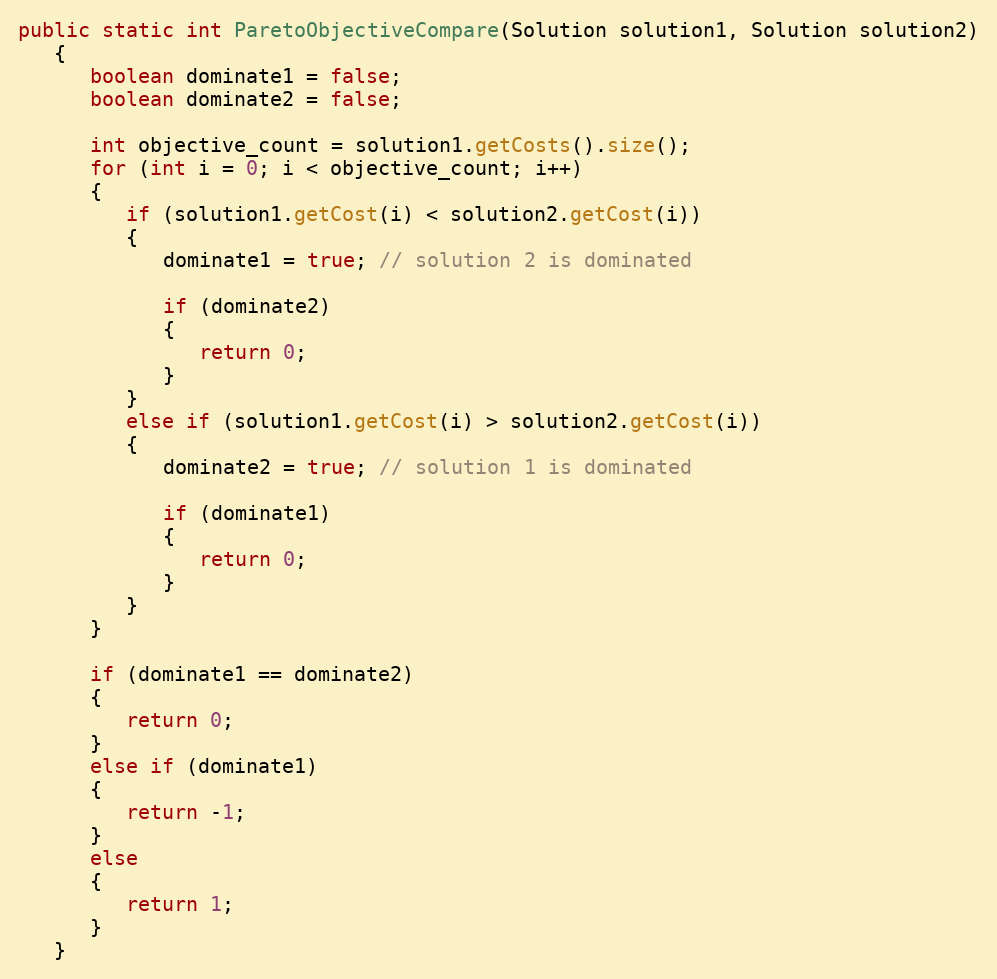
Language: Java
public static int ParetoObjectiveCompare(Solution solution1, Solution solution2)
   {
      boolean dominate1 = false;
      boolean dominate2 = false;

      int objective_count = solution1.getCosts().size();
      for (int i = 0; i < objective_count; i++)
      {
         if (solution1.getCost(i) < solution2.getCost(i))
         {
            dominate1 = true; // solution 2 is dominated

            if (dominate2)
            {
               return 0;
            }
         }
         else if (solution1.getCost(i) > solution2.getCost(i))
         {
            dominate2 = true; // solution 1 is dominated

            if (dominate1)
            {
               return 0;
            }
         }
      }

      if (dominate1 == dominate2)
      {
         return 0;
      }
      else if (dominate1)
      {
         return -1;
      }
      else
      {
         return 1;
      }
   }